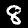
Label: 8